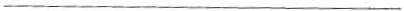
___